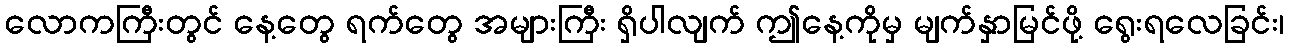
လောကကြီးတွင် နေ့တွေ ရက်တွေ အများကြီး ရှိပါလျက် ဤနေ့ကိုမှ မျက်နှာမြင်ဖို့ ရွေးရလေခြင်း၊